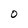
Character: O